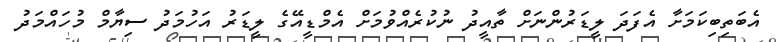
އެބަތިބިކަމަށާ އެފަދަ ލީޑަރުންނަށް ތާއީދު ނުކުރެއްވުމަށް އެމްޑީީއޭގެ ލީޑަރު އަހުމަދު ސިޔާމް މުހައްމަދު